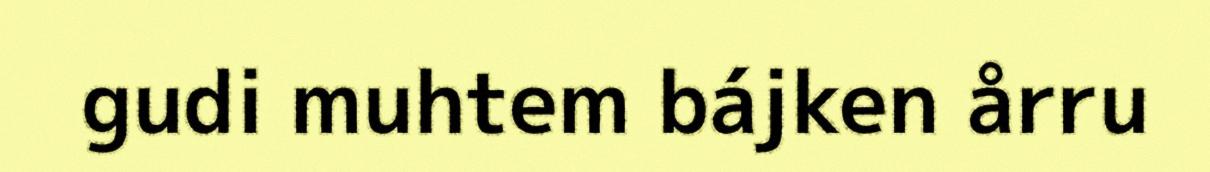
gudi muhtem bájken årru